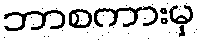
ဘာစကားမှ